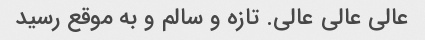
عالی عالی عالی. تازه و سالم و به موقع رسید